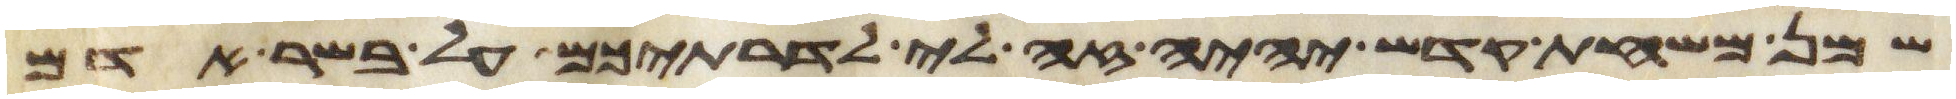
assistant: שמן משחת קדש יהיה זה לי לדרתיכם על בשר אדם